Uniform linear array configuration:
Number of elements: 48
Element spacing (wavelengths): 0.5
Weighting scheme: uniform
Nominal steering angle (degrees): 0
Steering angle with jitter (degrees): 1.348
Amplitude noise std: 0.05
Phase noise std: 0.05

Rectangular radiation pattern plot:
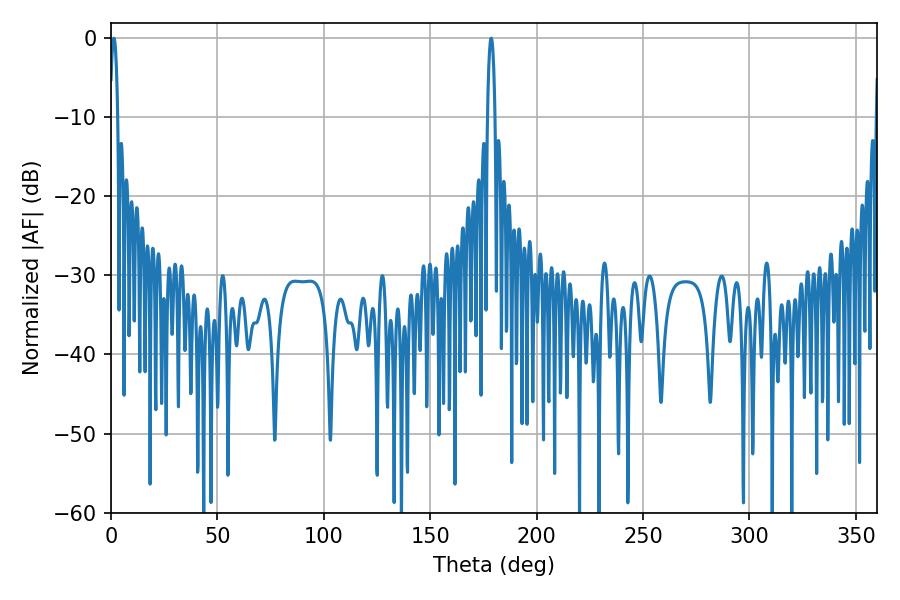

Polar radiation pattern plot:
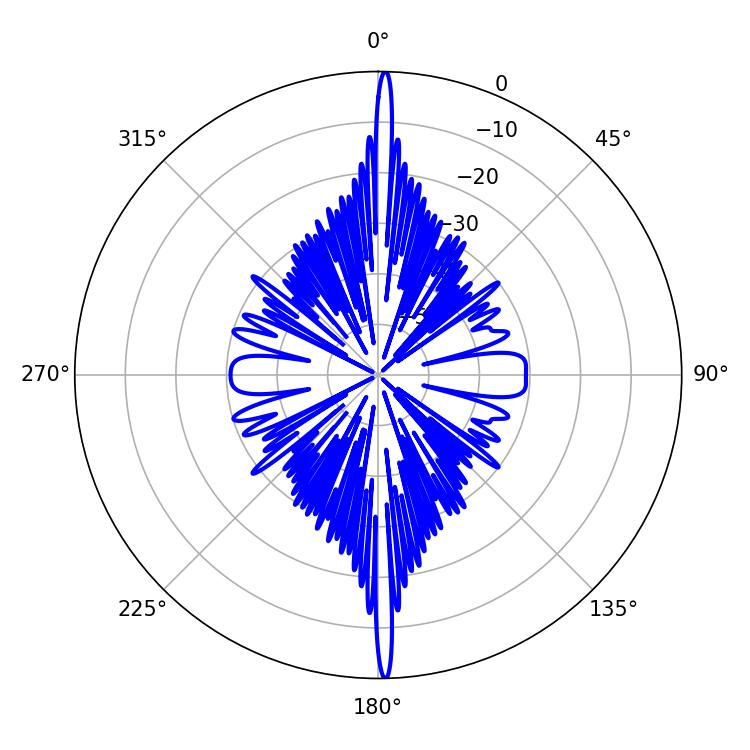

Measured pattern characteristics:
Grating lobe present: FALSE
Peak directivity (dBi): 30.296
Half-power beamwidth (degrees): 1.98
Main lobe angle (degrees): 178.56